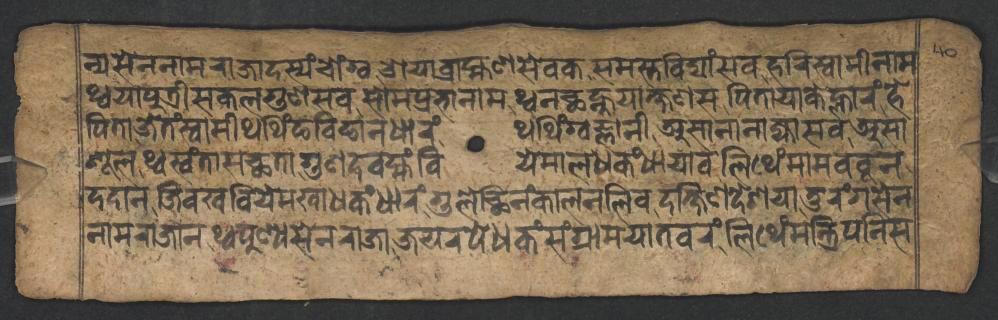
𑐣𑑂𑐫𑐳𑐾𑐣𑐣𑐵𑐩𑐬𑐵𑐖𑐵𑐡𑐳𑑂𑐫𑑄𑐔𑑀𑑄𑐐𑑂𑐰𑐌𑐫𑐵𑐧𑑂𑐬𑐵𑐴𑑂𑐩𑐞𑐳𑐾𑐰𑐎𑐳𑐩𑐳𑑂𑐟𑐰𑐶𑐡𑑂𑐫𑐵𑑄𑐳𑐰𑐴𑐬𑐶𑐳𑑂𑐰𑐵𑐩𑐷𑐣𑐵𑐩 𑐠𑑂𑐰𑐫𑐵𑐥𑐸𑐟𑑂𑐬𑐷𑐳𑐎𑐮𑐐𑐸𑐞𑐳𑐰𑐳𑑀𑐩𑐥𑑂𑐬𑐨𑐵𑐣𑐵𑐩𑐠𑑂𑐰𑐣𑐕𑐣𑑂𑐴𑐸𑐫𑐵𑐎𑑂𑐲𑐞𑐳𑐥𑐶𑐟𑐵𑐫𑐵𑐎𑐾𑐮𑑂𑐴𑐵𑐬𑑄𑐴𑐾 𑐥𑐶𑐟𑐵𑐖𑐾𑐟𑑄𑐳𑑂𑐰𑐵𑐩𑐷𑐠𑐠𑐶𑑄𑐒𑐧𑐶𑐒𑐵𑐣𑐢𑐵𑐬𑑄𑐠𑐠𑐶𑑄𑐐𑑂𑐰𑐖𑑂𑐘𑐵𑐣𑐷𑐀𑐳𑐵𑐣𑐵𑐣𑐵𑐖𑑂𑐫𑐵𑐳𑐰𑐀𑐳𑐵 𑐱𑐹𑐮𑐠𑑂𑐰𑐳𑑂𑐰𑑄𑐟𑐵𑐳𑐕𑐟𑐵𑐐𑐸𑐞𑐡𑐰𑐩𑑂𑐴𑑄𑐧𑐶𑐫𑐾𑐩𑐵𑐮𑐢𑐎𑑄𑐢𑐵𑐫𑐵𑐰𑐮𑐶𑐠𑐾𑑄𑐩𑐵𑐩𑐧𑐧𑐸𑐣 𑐡𑐡𑐵𑐣𑐖𑐶𑐰𑐏𑐧𑐶𑐫𑐾𑐩𑐏𑐵𑐢𑐎𑑄𑐢𑐵𑐬𑑄𑐐𑐸𑐮𑐾𑐕𑐶𑐣𑑄𑐎𑐵𑐮𑐣𑐮𑐶𑐰𑐡𑐎𑑂𑐲𑐶𑐞𑐡𑐾𑐱𑐫𑐵𑐟𑐸𑐬𑑄𑐐𑐳𑐾𑐣 𑐣𑐵𑐩𑐬𑐵𑐖𑐵𑐣𑐠𑑂𑐰𑐥𑐸𑐞𑑂𑐫𑐳𑐾𑐣𑐬𑐵𑐖𑐵𑐖𑐫𑐬𑐥𑐾𑐢𑐎𑑄𑐳𑑄𑐐𑑂𑐬𑐵𑐩𑐫𑐵𑐟𑐰𑐬𑑄𑐮𑐶𑐠𑐾𑑄𑐩𑐣𑑂𑐟𑑂𑐬𑐶𑐥𑐣𑐶𑐳